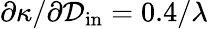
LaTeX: \partial\kappa/\partial\mathcal{D}_{\mathrm{{in}}}=0.4/\lambda